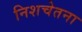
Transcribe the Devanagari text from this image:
निशचेतना